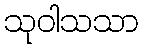
သုဝါသသာ